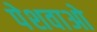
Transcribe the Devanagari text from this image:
पेशवाओ